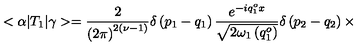
< \alpha | T _ { 1 } | \gamma > = \frac { 2 } { \left( 2 \pi \right) ^ { 2 \left( \nu - 1 \right) } } \delta \left( p _ { 1 } - q _ { 1 } \right) \frac { e ^ { - i q _ { 1 } ^ { o } x } } { \sqrt { 2 { \omega } _ { 1 } \left( q _ { 1 } ^ { o } \right) } } \delta \left( p _ { 2 } - q _ { 2 } \right) \times